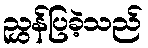
ညွှန်ပြခဲ့သည်